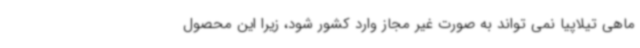
ماهی تیلاپیا نمی تواند به صورت غیر مجاز وارد کشور شود، زیرا این محصول